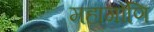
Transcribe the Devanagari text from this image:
महागोणि